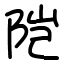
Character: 𬮿